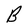
Character: B